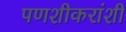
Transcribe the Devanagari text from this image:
पणशीकरांशी